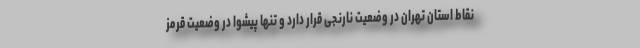
نقاط استان تهران در وضعیت نارنجی قرار دارد و تنها پیشوا در وضعیت قرمز